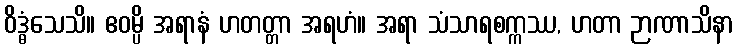
ဝိဒ္ဓံသေသိ။ ဧဝမ္ပိ အရာနံ ဟတတ္တာ အရဟံ။ အရာ သံသာရစက္ကဿ, ဟတာ ဉာဏာသိနာ